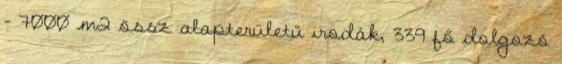
- 7000 m2 össz alapterületű irodák, 339 fő dolgozó